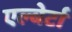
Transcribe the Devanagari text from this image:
एल्बेर्टा